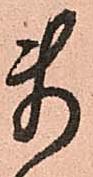
ま